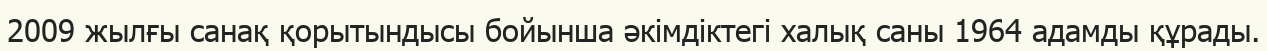
2009 жылғы санақ қорытындысы бойынша әкімдіктегі халық саны 1964 адамды құрады.